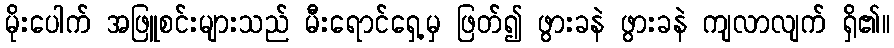
မိုးပေါက် အဖြူစင်းများသည် မီးရောင်ရှေ့မှ ဖြတ်၍ ဖွားခနဲ ဖွားခနဲ ကျလာလျက် ရှိ၏။